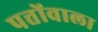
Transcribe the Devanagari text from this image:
पत्तोंवाला